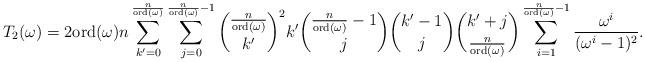
LaTeX: \begin{align*}T_2(\omega) =2\mathrm{ord}(\omega)n \sum_{k'=0}^{\frac{n}{\mathrm{ord}(\omega)}} \sum_{j=0}^{\frac{n}{\mathrm{ord}(\omega)}-1} \binom{\frac{n}{\mathrm{ord}(\omega)}}{k'}^2 k' \binom{\frac{n}{\mathrm{ord}(\omega)}-1}{j} \binom{k'-1}{j} \binom{k'+j}{\frac{n}{\mathrm{ord}(\omega)}} \sum_{i=1}^{\frac{n}{\mathrm{ord}(\omega)}-1} \frac{\omega^i}{(\omega^i-1)^2}.\end{align*}